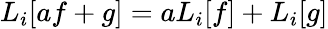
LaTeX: L_{i}[af+g]=aL_{i}[f]+L_{i}[g]